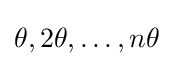
\theta ,2\theta ,\dots ,n\theta